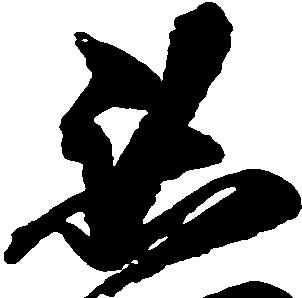
懇